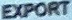
EXPORT